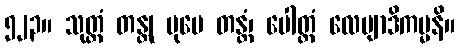
၅၂၃။ သုတ္တံ တန္တု ပုမေ တန္တံ၊ ပေါတ္ထံ လေပျာဒိကမ္မနိ။